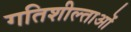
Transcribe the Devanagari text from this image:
गतिशील्ताओं